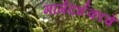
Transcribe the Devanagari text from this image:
मार्गदर्शकांचे